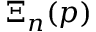
\Xi _ { n } ( p )